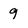
Character: 9